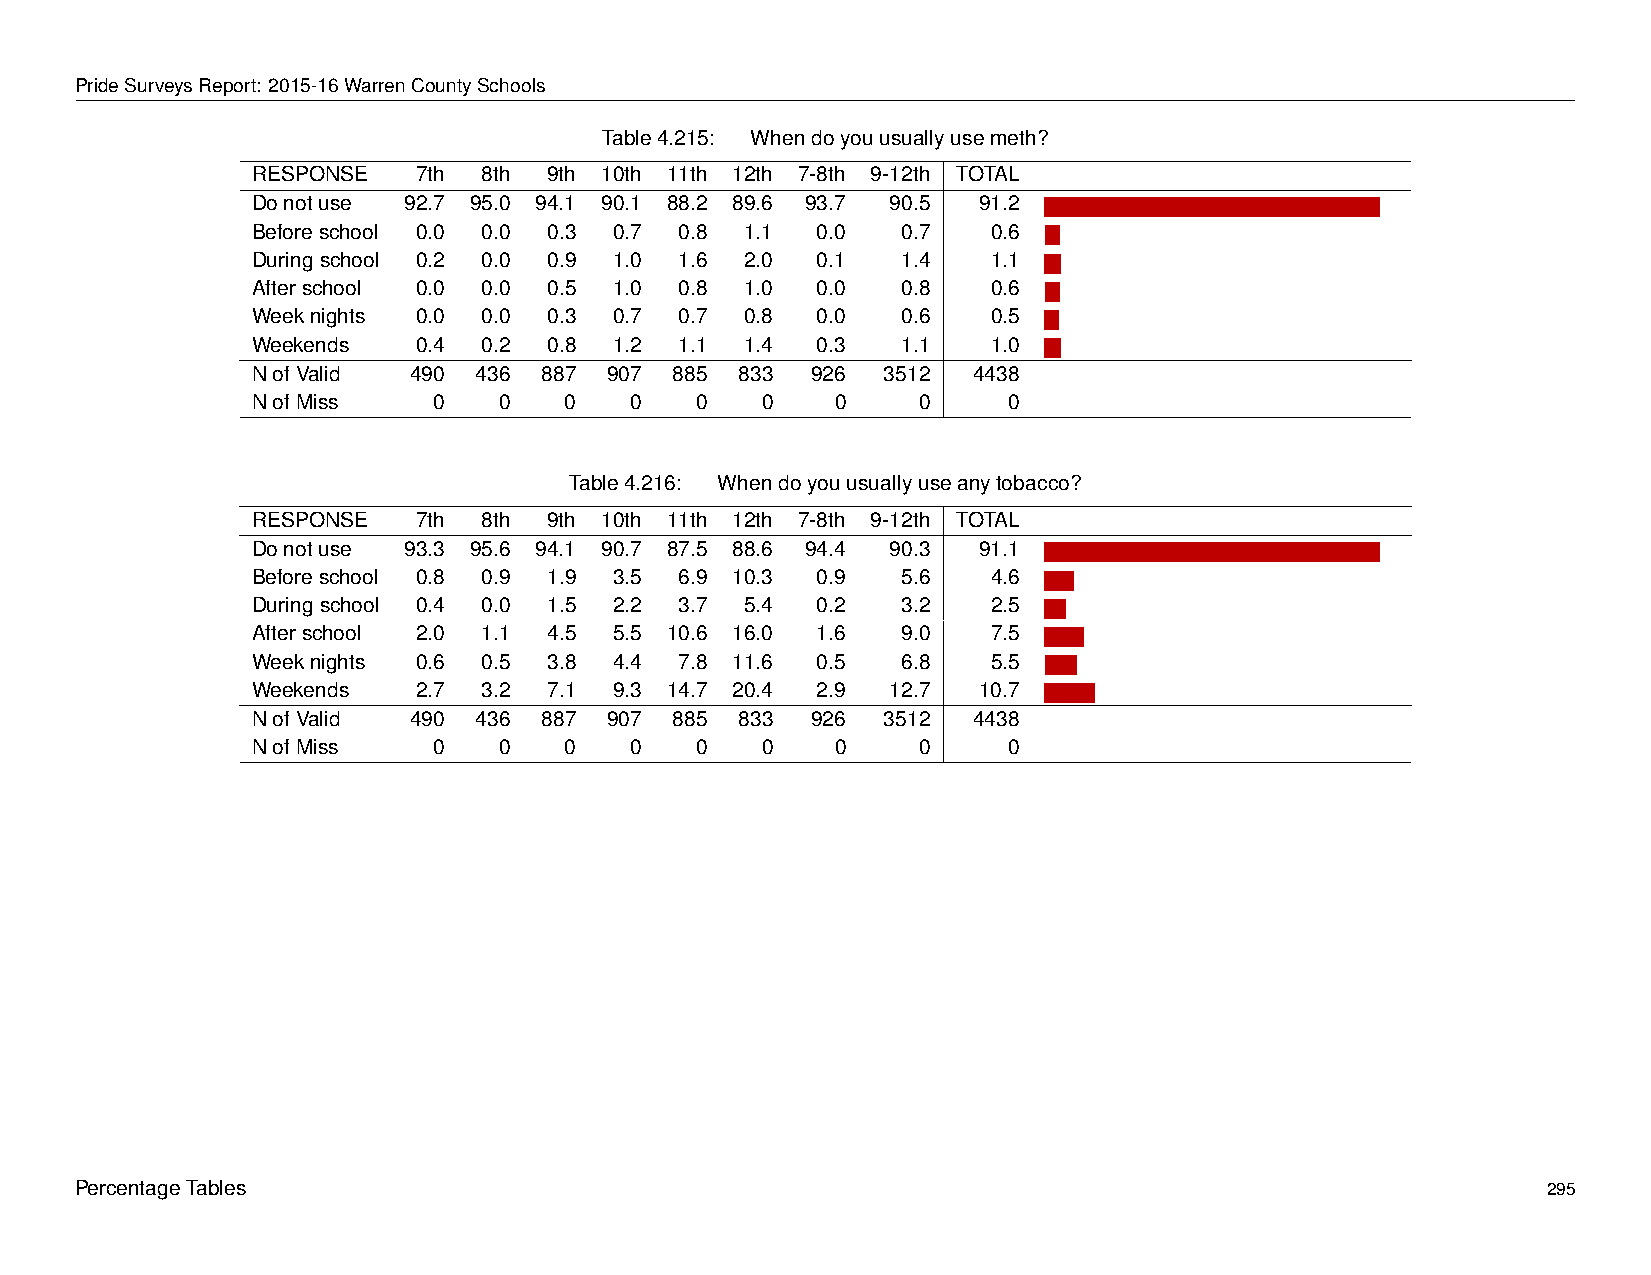
PrideSurveysReport: 2015-16WarrenCountySchools
 Table4.215: Whendoyouusuallyusemeth?
 RESPONSE   7th 8th 9th 10th 11th 12th 7-8th 9-12th TOTAL
 Donotuse  92.7 95.0 94.1 90.1 88.2 89.6 93.7 90.5 91.2 -
 Beforeschool 0.0 0.0 0.3 0.7 0.8 1.1 0.0   0.7   0.6 -
 Duringschool 0.2 0.0 0.9 1.0 1.6 2.0 0.1   1.4   1.1 -
 Afterschool 0.0 0.0 0.5 1.0 0.8 1.0  0.0   0.8   0.6 -
 Weeknights 0.0 0.0 0.3  0.7 0.7 0.8  0.0   0.6   0.5 -
 Weekends   0.4 0.2 0.8  1.2 1.1 1.4  0.3   1.1   1.0 -
 NofValid  490  436 887 907  885 833  926  3512 4438
 NofMiss     0   0   0    0   0   0    0     0     0
 Table4.216: Whendoyouusuallyuseanytobacco?
 RESPONSE   7th 8th 9th 10th 11th 12th 7-8th 9-12th TOTAL
 Donotuse  93.3 95.6 94.1 90.7 87.5 88.6 94.4 90.3 91.1 -
 Beforeschool 0.8 0.9 1.9 3.5 6.9 10.3 0.9  5.6   4.6 -
 Duringschool 0.4 0.0 1.5 2.2 3.7 5.4 0.2   3.2   2.5 -
 Afterschool 2.0 1.1 4.5 5.5 10.6 16.0 1.6  9.0   7.5 -
 Weeknights 0.6 0.5 3.8  4.4 7.8 11.6 0.5   6.8   5.5 -
 Weekends   2.7 3.2 7.1  9.3 14.7 20.4 2.9 12.7  10.7 -
 NofValid  490  436 887 907  885 833  926  3512 4438
 NofMiss     0   0   0    0   0   0    0     0     0
 PercentageTables                                                                                 295